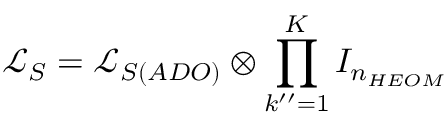
\mathcal { L } _ { S } = \mathcal { L } _ { S ( A D O ) } \otimes \prod _ { k ^ { \prime \prime } = 1 } ^ { K } I _ { n _ { H E O M } }